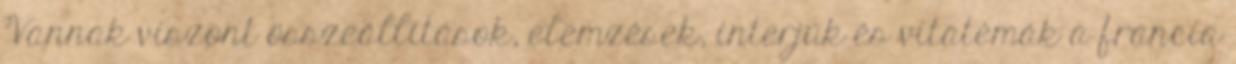
Vannak viszont összeállítások, elemzések, interjúk és vitatémák a francia